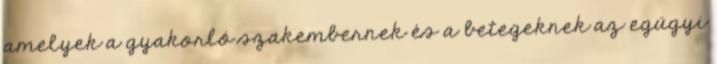
amelyek a gyakorló szakembernek és a betegeknek az egügyi